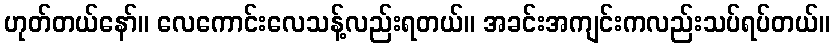
ဟုတ်တယ်နော်။ လေကောင်းလေသန့်လည်းရတယ်။ အခင်းအကျင်းကလည်းသပ်ရပ်တယ်။